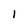
Character: I